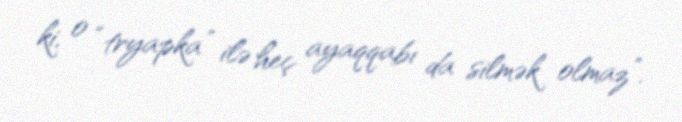
ki, o “tryapka” ilə heç ayaqqabı da silmək olmaz”.